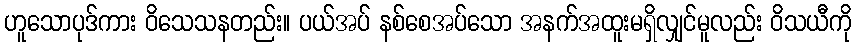
ဟူသောပုဒ်ကား ဝိသေသနတည်း။ ပယ်အပ် နစ်စေအပ်သော အနက်အထူးမရှိလျှင်မူလည်း ဝိသယီကို